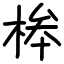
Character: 桳